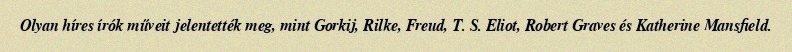
Olyan híres írók műveit jelentették meg, mint Gorkij, Rilke, Freud, T. S. Eliot, Robert Graves és Katherine Mansfield.